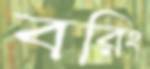
বরিং